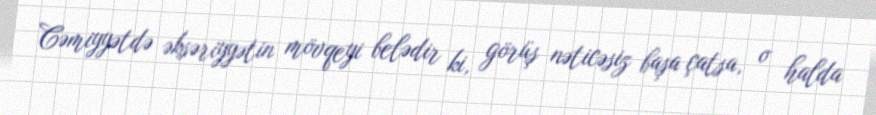
Cəmiyyətdə əksəriyyətin mövqeyi belədir ki, görüş nəticəsiz başa çatsa, o halda